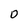
Character: O